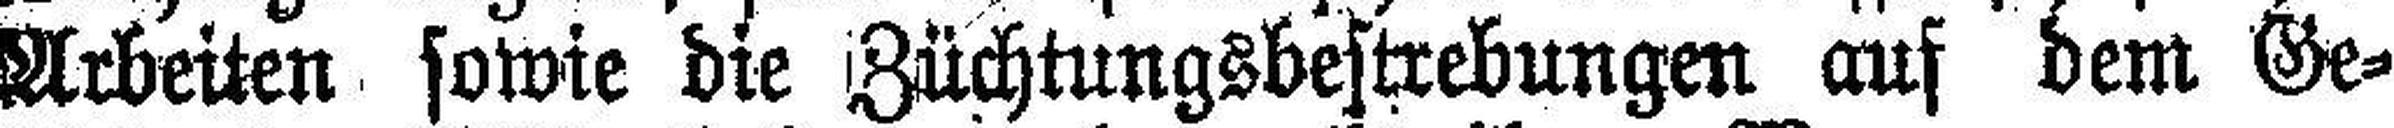
Arbeiten sowie die Züchtungsbestrebungen auf dem Ge¬